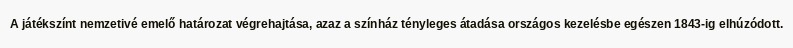
A játékszínt nemzetivé emelő határozat végrehajtása, azaz a színház tényleges átadása országos kezelésbe egészen 1843-ig elhúzódott.